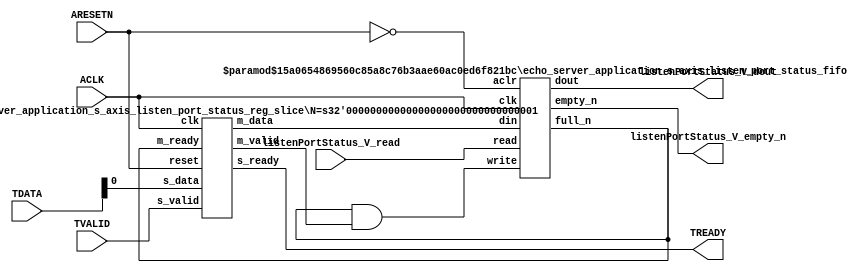
// This program was cloned from: https://github.com/mustafabbas/ECE1373_2016_hft_on_fpga
// License: MIT License

// ==============================================================
// File generated by Vivado(TM) HLS - High-Level Synthesis from C, C++ and SystemC
// Version: 2015.1
// Copyright (C) 2015 Xilinx Inc. All rights reserved.
// 
// ==============================================================


`timescale 1ns/1ps

module echo_server_application_s_axis_listen_port_status_if (
    // AXI4-Stream singals
    input  wire       ACLK,
    input  wire       ARESETN,
    input  wire       TVALID,
    output wire       TREADY,
    input  wire [7:0] TDATA,
    // User signals
    output wire [0:0] listenPortStatus_V_dout,
    output wire       listenPortStatus_V_empty_n,
    input  wire       listenPortStatus_V_read
);
//------------------------Local signal-------------------
// FIFO
wire [0:0] fifo_write;
wire [0:0] fifo_full_n;
wire [0:0] listenPortStatus_V_din;
wire [0:0] listenPortStatus_V_full_n;
// register slice
wire [0:0] s_valid;
wire [0:0] s_ready;
wire [0:0] s_data;
wire [0:0] m_valid;
wire [0:0] m_ready;
wire [0:0] m_data;

//------------------------Instantiation------------------
// rs
echo_server_application_s_axis_listen_port_status_reg_slice #(
    .N       ( 1 )
) rs (
    .clk     ( ACLK ),
    .reset   ( ARESETN ),
    .s_data  ( s_data ),
    .s_valid ( s_valid ),
    .s_ready ( s_ready ),
    .m_data  ( m_data ),
    .m_valid ( m_valid ),
    .m_ready ( m_ready )
);

// listenPortStatus_V_fifo
echo_server_application_s_axis_listen_port_status_fifo #(
    .DATA_BITS  ( 1 ),
    .DEPTH_BITS ( 4 )
) listenPortStatus_V_fifo (
    .clk        ( ACLK ),
    .aclr       ( ~ARESETN ),
    .empty_n    ( listenPortStatus_V_empty_n ),
    .full_n     ( listenPortStatus_V_full_n ),
    .read       ( listenPortStatus_V_read ),
    .write      ( fifo_write ),
    .dout       ( listenPortStatus_V_dout ),
    .din        ( listenPortStatus_V_din )
);

//------------------------Body---------------------------
//++++++++++++++++++++++++AXI4-Stream++++++++++++++++++++
assign TREADY = s_ready;

//+++++++++++++++++++++++++++++++++++++++++++++++++++++++

//++++++++++++++++++++++++Reigister Slice++++++++++++++++
assign s_valid = TVALID;
assign m_ready = fifo_full_n;
assign s_data  = {TDATA[0:0]};

//+++++++++++++++++++++++++++++++++++++++++++++++++++++++

//++++++++++++++++++++++++FIFO+++++++++++++++++++++++++++
assign fifo_write             = fifo_full_n & m_valid;
assign listenPortStatus_V_din = m_data[0:0];
assign fifo_full_n            = listenPortStatus_V_full_n;

//+++++++++++++++++++++++++++++++++++++++++++++++++++++++

endmodule



`timescale 1ns/1ps

module echo_server_application_s_axis_listen_port_status_fifo
#(parameter
    DATA_BITS  = 8,
    DEPTH_BITS = 4
)(
    input  wire                 clk,
    input  wire                 aclr,
    output wire                 empty_n,
    output wire                 full_n,
    input  wire                 read,
    input  wire                 write,
    output wire [DATA_BITS-1:0] dout,
    input  wire [DATA_BITS-1:0] din
);
//------------------------Parameter----------------------
localparam
    DEPTH = 1 << DEPTH_BITS;
//------------------------Local signal-------------------
reg                   empty;
reg                   full;
reg  [DEPTH_BITS-1:0] index;
reg  [DATA_BITS-1:0]  mem[0:DEPTH-1];
//------------------------Body---------------------------
assign empty_n = ~empty;
assign full_n  = ~full;
assign dout    = mem[index];

// empty
always @(posedge clk or posedge aclr) begin
    if (aclr)
        empty <= 1'b1;
    else if (empty & write & ~read)
        empty <= 1'b0;
    else if (~empty & ~write & read & (index==1'b0))
        empty <= 1'b1;
end

// full
always @(posedge clk or posedge aclr) begin
    if (aclr)
        full <= 1'b0;
    else if (full & read & ~write)
        full <= 1'b0;
    else if (~full & ~read & write & (index==DEPTH-2'd2))
        full <= 1'b1;
end

// index
always @(posedge clk or posedge aclr) begin
    if (aclr)
        index <= {DEPTH_BITS{1'b1}};
    else if (~empty & ~write & read)
        index <= index - 1'b1;
    else if (~full & ~read & write)
        index <= index + 1'b1;
end

// mem
always @(posedge clk) begin
    if (~full & write) mem[0] <= din;
end

genvar i;
generate
    for (i = 1; i < DEPTH; i = i + 1) begin : gen_sr
        always @(posedge clk) begin
            if (~full & write) mem[i] <= mem[i-1];
        end
    end
endgenerate

endmodule

`timescale 1ns/1ps

module echo_server_application_s_axis_listen_port_status_reg_slice
#(parameter
    N = 8   // data width
) (
    // system signals
    input  wire         clk,
    input  wire         reset,
    // slave side
    input  wire [N-1:0] s_data,
    input  wire         s_valid,
    output wire         s_ready,
    // master side
    output wire [N-1:0] m_data,
    output wire         m_valid,
    input  wire         m_ready
);
//------------------------Parameter----------------------
// state
localparam [1:0]
    ZERO = 2'b10,
    ONE  = 2'b11,
    TWO  = 2'b01;
//------------------------Local signal-------------------
reg  [N-1:0] data_p1;
reg  [N-1:0] data_p2;
wire         load_p1;
wire         load_p2;
wire         load_p1_from_p2;
reg          s_ready_t;
reg  [1:0]   state;
reg  [1:0]   next;
//------------------------Body---------------------------
assign s_ready = s_ready_t;
assign m_data  = data_p1;
assign m_valid = state[0];

assign load_p1 = (state == ZERO && s_valid) ||
                 (state == ONE && s_valid && m_ready) ||
                 (state == TWO && m_ready);
assign load_p2 = s_valid & s_ready;
assign load_p1_from_p2 = (state == TWO);

// data_p1
always @(posedge clk) begin
    if (load_p1) begin
        if (load_p1_from_p2)
            data_p1 <= data_p2;
        else
            data_p1 <= s_data;
    end
end

// data_p2
always @(posedge clk) begin
    if (load_p2) data_p2 <= s_data;
end

// s_ready_t
always @(posedge clk) begin
    if (~reset)
        s_ready_t <= 1'b0;
    else if (state == ZERO)
        s_ready_t <= 1'b1;
    else if (state == ONE && next == TWO)
        s_ready_t <= 1'b0;
    else if (state == TWO && next == ONE)
        s_ready_t <= 1'b1;
end

// state
always @(posedge clk) begin
    if (~reset)
        state <= ZERO;
    else
        state <= next;
end

// next
always @(*) begin
    case (state)
        ZERO:
            if (s_valid & s_ready)
                next = ONE;
            else
                next = ZERO;
        ONE:
            if (~s_valid & m_ready)
                next = ZERO;
            else if (s_valid & ~m_ready)
                next = TWO;
            else
                next = ONE;
        TWO:
            if (m_ready)
                next = ONE;
            else
                next = TWO;
        default:
            next = ZERO;
    endcase
end

endmodule